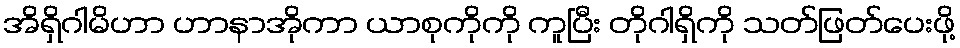
အိရှိဂါမိဟာ ဟာနာအိုကာ ယာစုကိုကို ကူပြီး တိုဂါရှိကို သတ်ဖြတ်ပေးဖို့